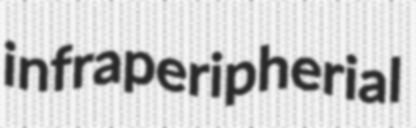
infraperipherial